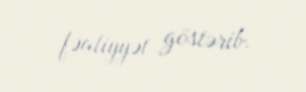
fəaliyyət göstərib.